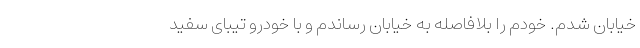
خیابان شدم. خودم را بلافاصله به خیابان رساندم و با خودرو تیبای سفید